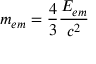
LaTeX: m _ { e m } = { \frac { 4 } { 3 } } { \frac { E _ { e m } } { c ^ { 2 } } }